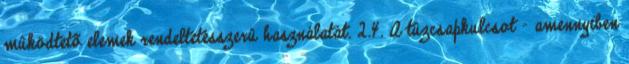
mûködtetõ elemek rendeltetésszerû használatát. 2.4. A tûzcsapkulcsot - amennyiben